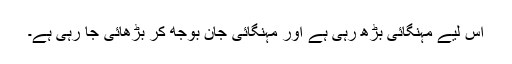
اس لیے مہنگائی بڑھ رہی ہے اور مہنگائی جان بوجھ کر بڑھائی جا رہی ہے۔